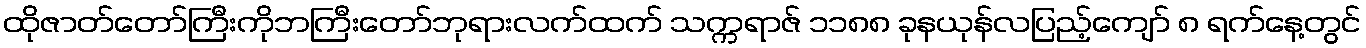
ထိုဇာတ်တော်ကြီးကိုဘကြီးတော်ဘုရားလက်ထက် သက္ကရာဇ် ၁၁၈၈ ခုနယုန်လပြည့်ကျော် ၈ ရက်နေ့တွင်